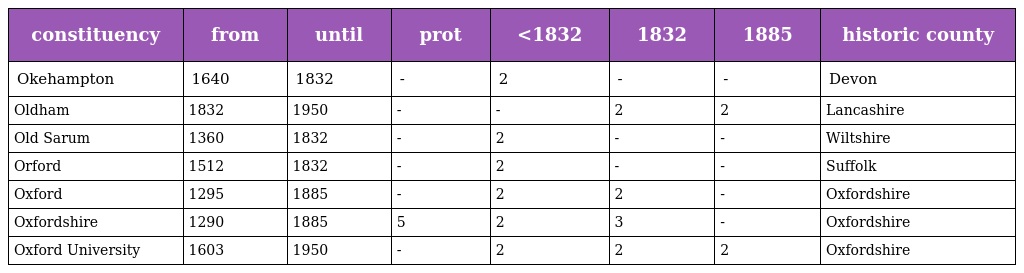
| constituency | from | until | prot | <1832 | 1832 | 1885 | historic county |
 | --- | --- | --- | --- | --- | --- | --- | --- |
 | Okehampton | 1640 | 1832 | - | 2 | - | - | Devon |
 | Oldham | 1832 | 1950 | - | - | 2 | 2 | Lancashire |
 | Old Sarum | 1360 | 1832 | - | 2 | - | - | Wiltshire |
 | Orford | 1512 | 1832 | - | 2 | - | - | Suffolk |
 | Oxford | 1295 | 1885 | - | 2 | 2 | - | Oxfordshire |
 | Oxfordshire | 1290 | 1885 | 5 | 2 | 3 | - | Oxfordshire |
 | Oxford University | 1603 | 1950 | - | 2 | 2 | 2 | Oxfordshire |